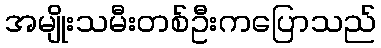
အမျိုးသမီးတစ်ဦးကပြောသည်